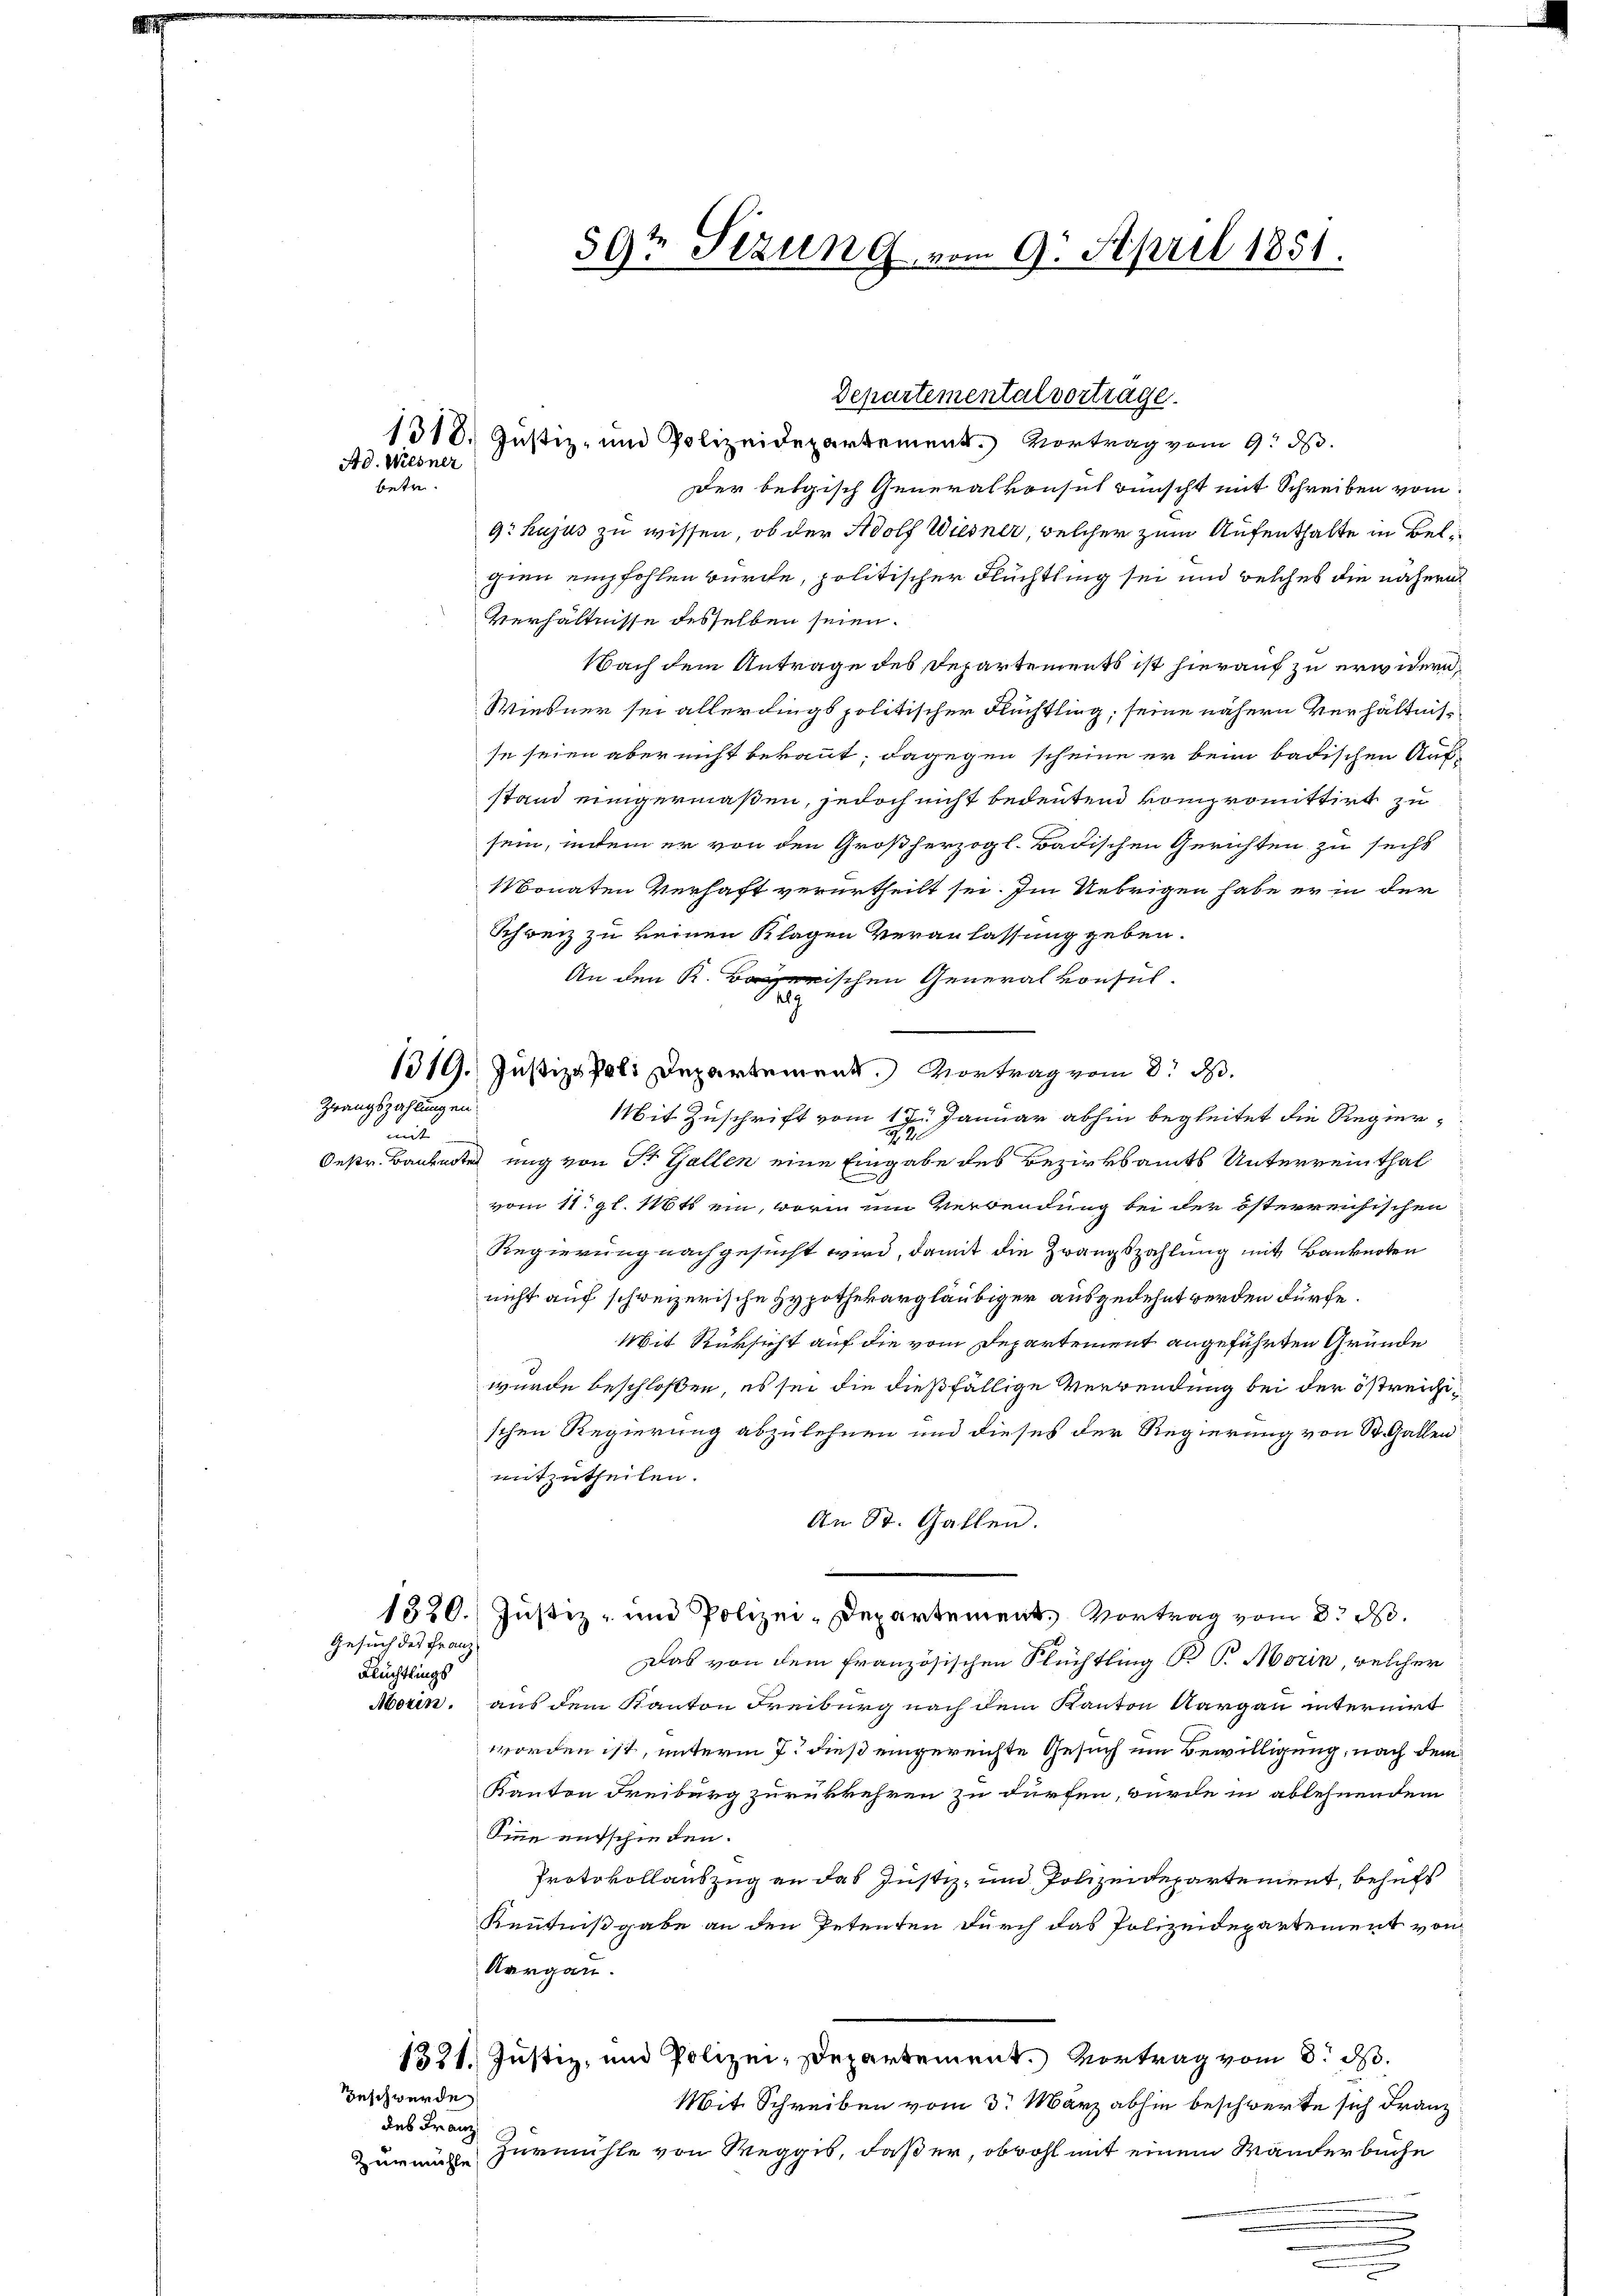
Ad. Wiesner
betr.

Zwangszahlungen.
mit

Departemental vorträge.
1318. Justiz- und Polizeidepartement. Vortrag vom 9. ds.
Der belgisch Generalkonsul wünscht mit Schreiben vom
9. hujus zu wissen, ob der Adolf Wiesner, welcher zum Aufenthalte in Belgien empfohlen würde, politischer Flüchtling sei und welches die nähern
Verhältnisse desselben seien.
Nach dem Antrage des Departements ist hierauf zu erwidern.
Wiesner sei allerdings politischer Flüchtling, seine nähern Verhältnisse seien aber nicht bekannt; dagegen scheine er beim badischen Auf-
stand einigermaßen, jedoch nicht bedeutend kompromittirt zu
sein, indem er von den Großherzogl. Badischen Gerichten zu sechs
Monaten Verhaft verurtheilt sei. Im Uebrigen habe er in der
Schweiz zu keinen Klagen Veranlassung geben.
An den Kerischen Generalkonsul-
.
119. Justiz & Poli Departement. Vortrag vom 8. d.
Mit Zuschrift vom 17. Januar abhin begleitet die Regier¬
S
Oestr. Baubarterung von St. Gallen eine Eingabe des Bezirksamts Unterreinthal
vom 11. gl. Mts ein, worin um Verwendung bei der österreichischen
Regierung nachgesucht wird, damit die Zwangszahlung mit Banknoten
nicht auf schweizerische Hypothekargläubiger ausgedehnt werden dürfe.
Mit Rüksicht auf die vom Departement angeführten Gründe
wurde beschlossen, es sei die dießfällige Verwendung bei der östreichischen Regierung abzulehnen und dieses der Regierung von St. Gallen
mitzutheilen.
An St. Gallen.
1320. Justiz- und Polizei-Departement. Vortrag vom 3. No.
Das von dem französischen Flüchtling B P. Morin, welcher
Morin, aus dem Kanton Freiburg nach dem Kanton Aargau internirt
worden ist, unterm 7. dieß eingereichte Gesuch um Bewilligung, nach dem
Kanton Freiburg zurükkehren zu dürfen, wurde in ablehnendem
Sinne entschieden.
Protokollauszug an das Justiz- und Polizeidepartement, behufs
Kenntnißgabe an den Petenten durch das Polizeidepartement von
Aargau.
1331. Justiz, und Polizei-Departement. Vortrag vom 8. d.
Mit Schreiben vom 3. März abhin beschwerte sich Franz
Zurmühle Zurmühle von Weggis, daß er, obwohl mit einem Wanderbuche

Gesuch des Franz
Flüchtlings

Geschwerde
des Franz

59t Sizung vom 9. April 1851.

n